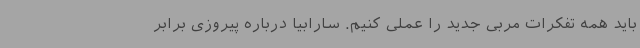
باید همه تفکرات مربی جدید را عملی کنیم. سارابیا درباره پیروزی برابر